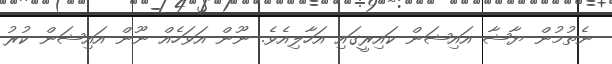
ނެތުމުން ޔާޝާ އައިޝަން ކައިރީގައި އަހާލިއެވެ. ނޫން އަވަހެއް ނޫން އައިޝަން ކުރު